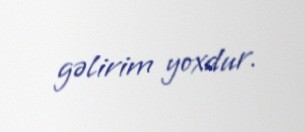
gəlirim yoxdur.